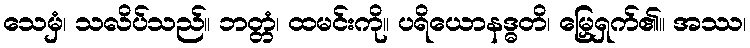
သေမှံ၊ သလိပ်သည်။ ဘတ္တံ၊ ထမင်းကို။ ပရိယောနဒ္ဓတိ၊ မြှေရှက်၏။ အဿ၊